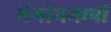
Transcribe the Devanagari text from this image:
मेगोममापी